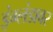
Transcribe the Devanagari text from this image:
इंग्लंडावर